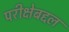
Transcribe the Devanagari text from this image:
परीक्षेबद्दल